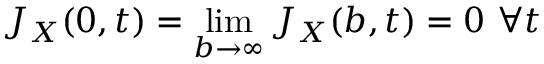
J _ { X } ( 0 , t ) = \operatorname* { l i m } _ { b \rightarrow \infty } J _ { X } ( b , t ) = 0 \ \forall t